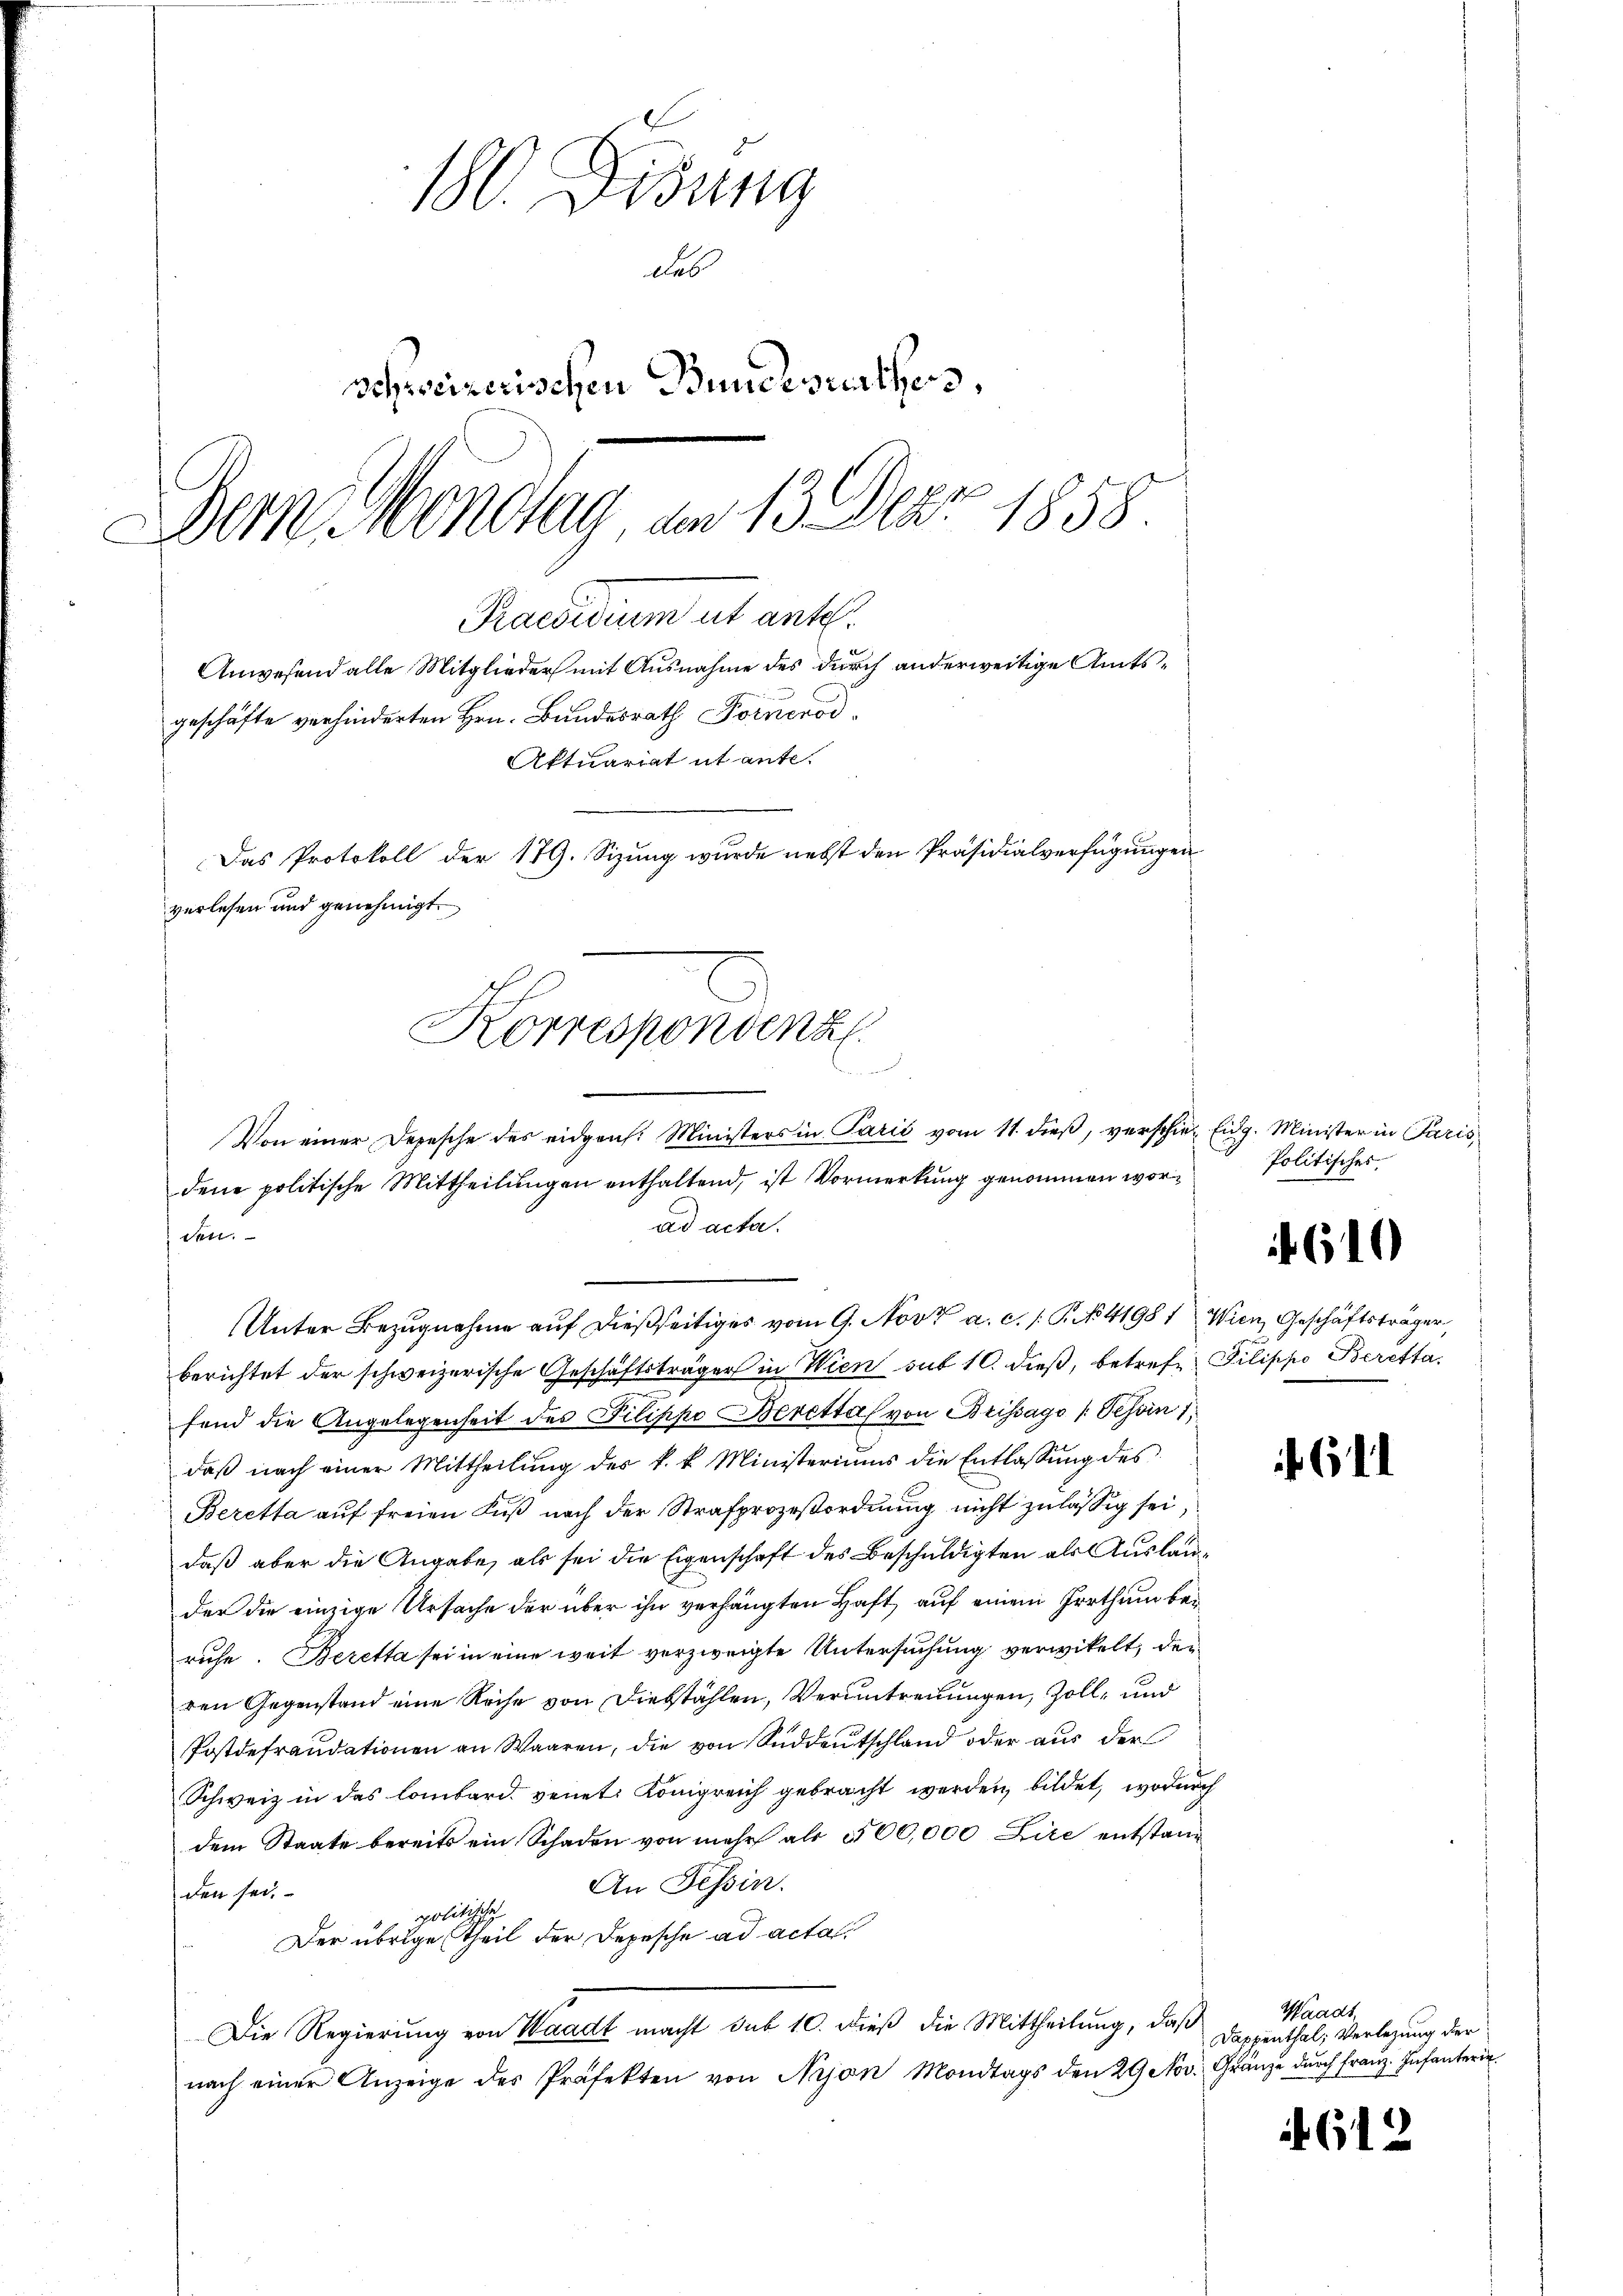
180. Didung
das
schweizerischen Bundesrathes,
Dern Mondtag am 13. Der 1858.

geschäfte verhinderten Hrn. Bundesrath Fornerod¬
Das Protokoll der 179. Sizung wurde nebst den Präsidialverfügungen
verlesen und genehmigt.
Korrespondenz
b

Praesidium ut ante.
Anwesend alle Mitglieder mit Ausnahme des durch anderweitige Amts¬
Aktuariat ut ante-

Von einer Depesche des eidgen. Ministers in Parić vom 11. dieß, verschier Eidg. Minister in Paris,
dene politische Mittheilungen enthaltend, ist Vormerkung genommen worad acta.
den
Unter Bezugnahme auf dießseitiges vom 9. Nov. a. c. /: P. No. 41987 Wien, Geschäftsträger,
berichtet der schweizerische Geschäftsträger in Wien sub 10. dieß, betreff Pilippo Berettafend die Angelegenheit des Pilippo Berettal von Brissago (Tessin 1
daß nach einer Mittheilung des k. k. Ministeriums die Entlassŭng des
Beretta auf freien Fuß nach der Strafprozeßordnung nicht zulässig sei,
daß aber die Angabe, als sei die Eigenschaft des Beschuldigten als Auslander die einzige Ursache der über ihn verhängten Haft auf einem Irrthum beruhe. Beretta sei in eine weit verzweigte Untersuchung verwikelt, den
ren Gegenstand eine Reise von Diebstählen, Verantreuungen, Zoll- und
Postdefraudationen an Waaren, die von Süddeutschland oder aus der
Schweiz in des lombard. venet. Königreich gebracht werden, bildet, wodurch
dem Staate bereits ein Schaden von mehr als 500,000 Lire entstand
An Tessin.
den sei.
politische
Der übrige Theil der Depesche ad acta
Die Regierung von Waadt macht sub 10. dieß die Mittheilung, daß
nach einer Anzeige des Präfekten von Arjan Mondtags den 29 Nov. Gränze durch Franz. Infanterir

Politisches

4610

641

Waadt
Dappenthal; Verlegung der

4612.